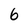
Character: 6